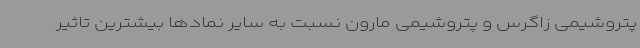
پتروشیمی زاگرس و پتروشیمی مارون نسبت به سایر نمادها بیشترین تاثیر